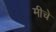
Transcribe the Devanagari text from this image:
मीचें